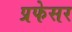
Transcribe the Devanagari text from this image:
प्रफेसर